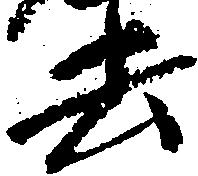
去